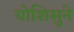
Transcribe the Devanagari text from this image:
योशिसुने